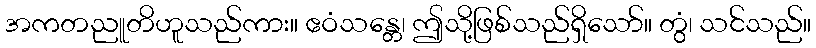
အကတညူတိဟူသည်ကား။ ဧဝံသန္တေ၊ ဤသို့ဖြစ်သည်ရှိသော်။ တွံ၊ သင်သည်။